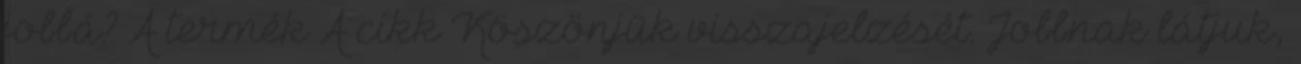
jobbá? A termék A cikk Köszönjük visszajelzését. Jobbnak látjuk,